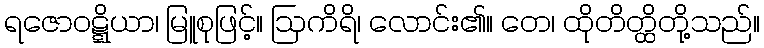
ရဇောဝဋ္ဋိယာ၊ မြူစုဖြင့်။ ဩကိရိ၊ လောင်း၏။ တေ၊ ထိုတိတ္ထိတို့သည်။